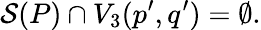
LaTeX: {\cal S}(P)\cap V_{3}(p^{\prime},q^{\prime})=\emptyset.